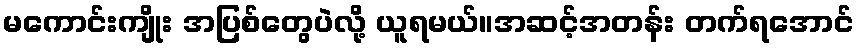
မကောင်းကျိုး အပြစ်တွေပဲလို့ ယူရမယ်။အဆင့်အတန်း တက်ရအောင်